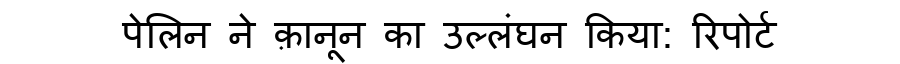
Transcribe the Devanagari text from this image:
पेलिन ने क़ानून का उल्लंघन किया: रिपोर्ट